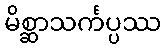
မိစ္ဆာသင်္ကပ္ပဿ